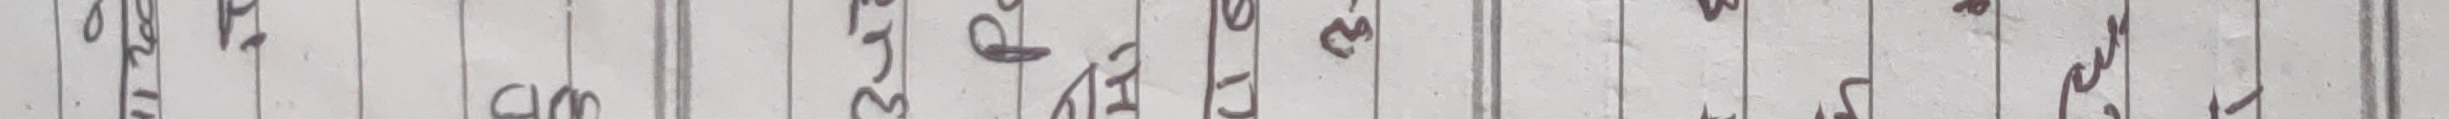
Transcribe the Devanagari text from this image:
श्री गुक ० गरि प्रम ३ दु २ म ३ मा प व र क